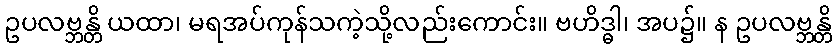
ဥပလဗ္ဘန္တိ ယထာ၊ မရအပ်ကုန်သကဲ့သို့လည်းကောင်း။ ဗဟိဒ္ဓါ၊ အပ၌။ န ဥပလဗ္ဘန္တိ